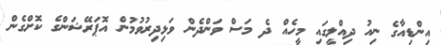
އިންޑިއާގެ ނިއު ދިއްލީގައި މީހެއް ދެ މަސް ވަންދެން ވަޅިދިރުވުމުން އޮޕަރޭޝަންގެ ކޮށްގެން